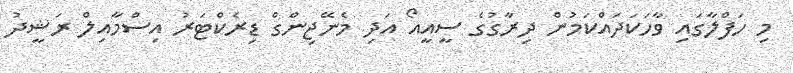
މި ހަފްލާގައި ވާހަކަދައްކަމުން ދިރާގުގެ ސީއީއޯ އަދި މެނޭޖިންގް ޑިރެކްޓަރު އިސްމާއިލް ރަޝީދު